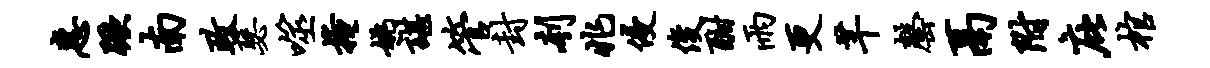
惠蹶南政瑟噬掩姚谌管封刳兆侵俊酣雨更芊罄鬲附庇棺